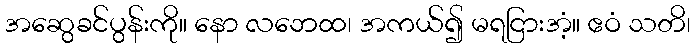
အဆွေခင်ပွန်းကို။ နော လဘေထ၊ အကယ်၍ မရငြားအံ့။ ဧဝံ သတိ၊